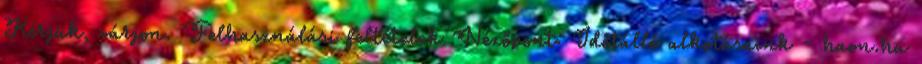
Kérjük, várjon. Felhasználási feltételek Nézőpont: Időtálló alkotásaink - haon.hu